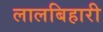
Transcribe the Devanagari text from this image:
लालबिहारी